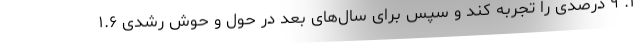
۱. ۹ درصدی را تجربه کند و سپس برای سال‌های بعد در حول و حوش رشدی ۱.۶